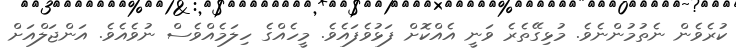
ކުރެވެން ނެތުމުންނެވެ. މުޅިގޭތެރެ ވަނީ އެއްކޮށް ފަޅުވެފައެވެ. މީހެއްގެ ހިލަމެއްވެސް ނުވެއެވެ. އަންޖަލްއަށް